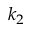
k _ { 2 }